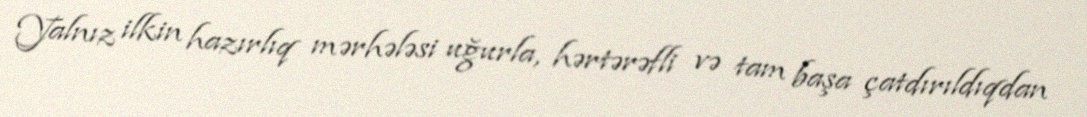
Yalnız ilkin hazırlıq mərhələsi uğurla, hərtərəfli və tam başa çatdırıldıqdan